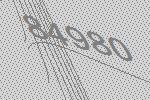
84980